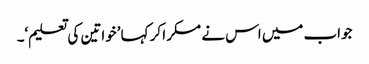
جواب میں اس نے مسکرا کر کہا ’خواتین کی تعلیم‘۔